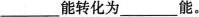
___能转化为___能。